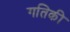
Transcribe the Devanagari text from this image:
गतिकी